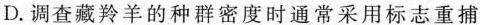
D.调查藏羚羊的种群密度时通常采用标志重捕